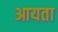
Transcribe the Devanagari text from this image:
आयता